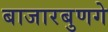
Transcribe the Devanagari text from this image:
बाजारबुणगे